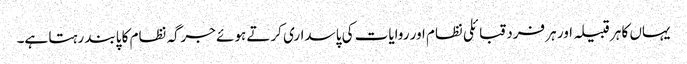
یہاں کا ہر قبیلہ اور ہر فرد قبائلی نظام اور روایات کی پاسداری کرتے ہوئے جرگہ نظام کا پابند رہتا ہے۔